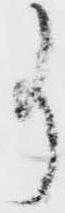
事